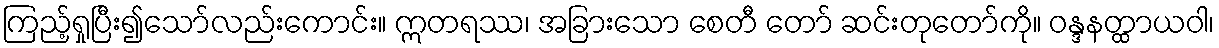
ကြည့်ရှုပြီး၍သော်လည်းကောင်း။ ဣတရဿ၊ အခြားသော စေတီ တော် ဆင်းတုတော်ကို။ ဝန္ဒနတ္ထာယဝါ၊